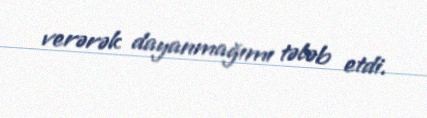
verərək dayanmağımı tələb etdi.